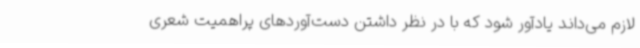
لازم می‌داند یادآور شود که با در نظر داشتن دست‌آوردهای پراهمیت شعری